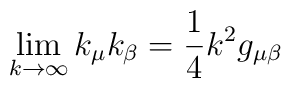
\lim_{k\rightarrow \infty }k_{\mu }k_{\beta }=\frac{1}{4}k^{2}g_{\mu \beta }